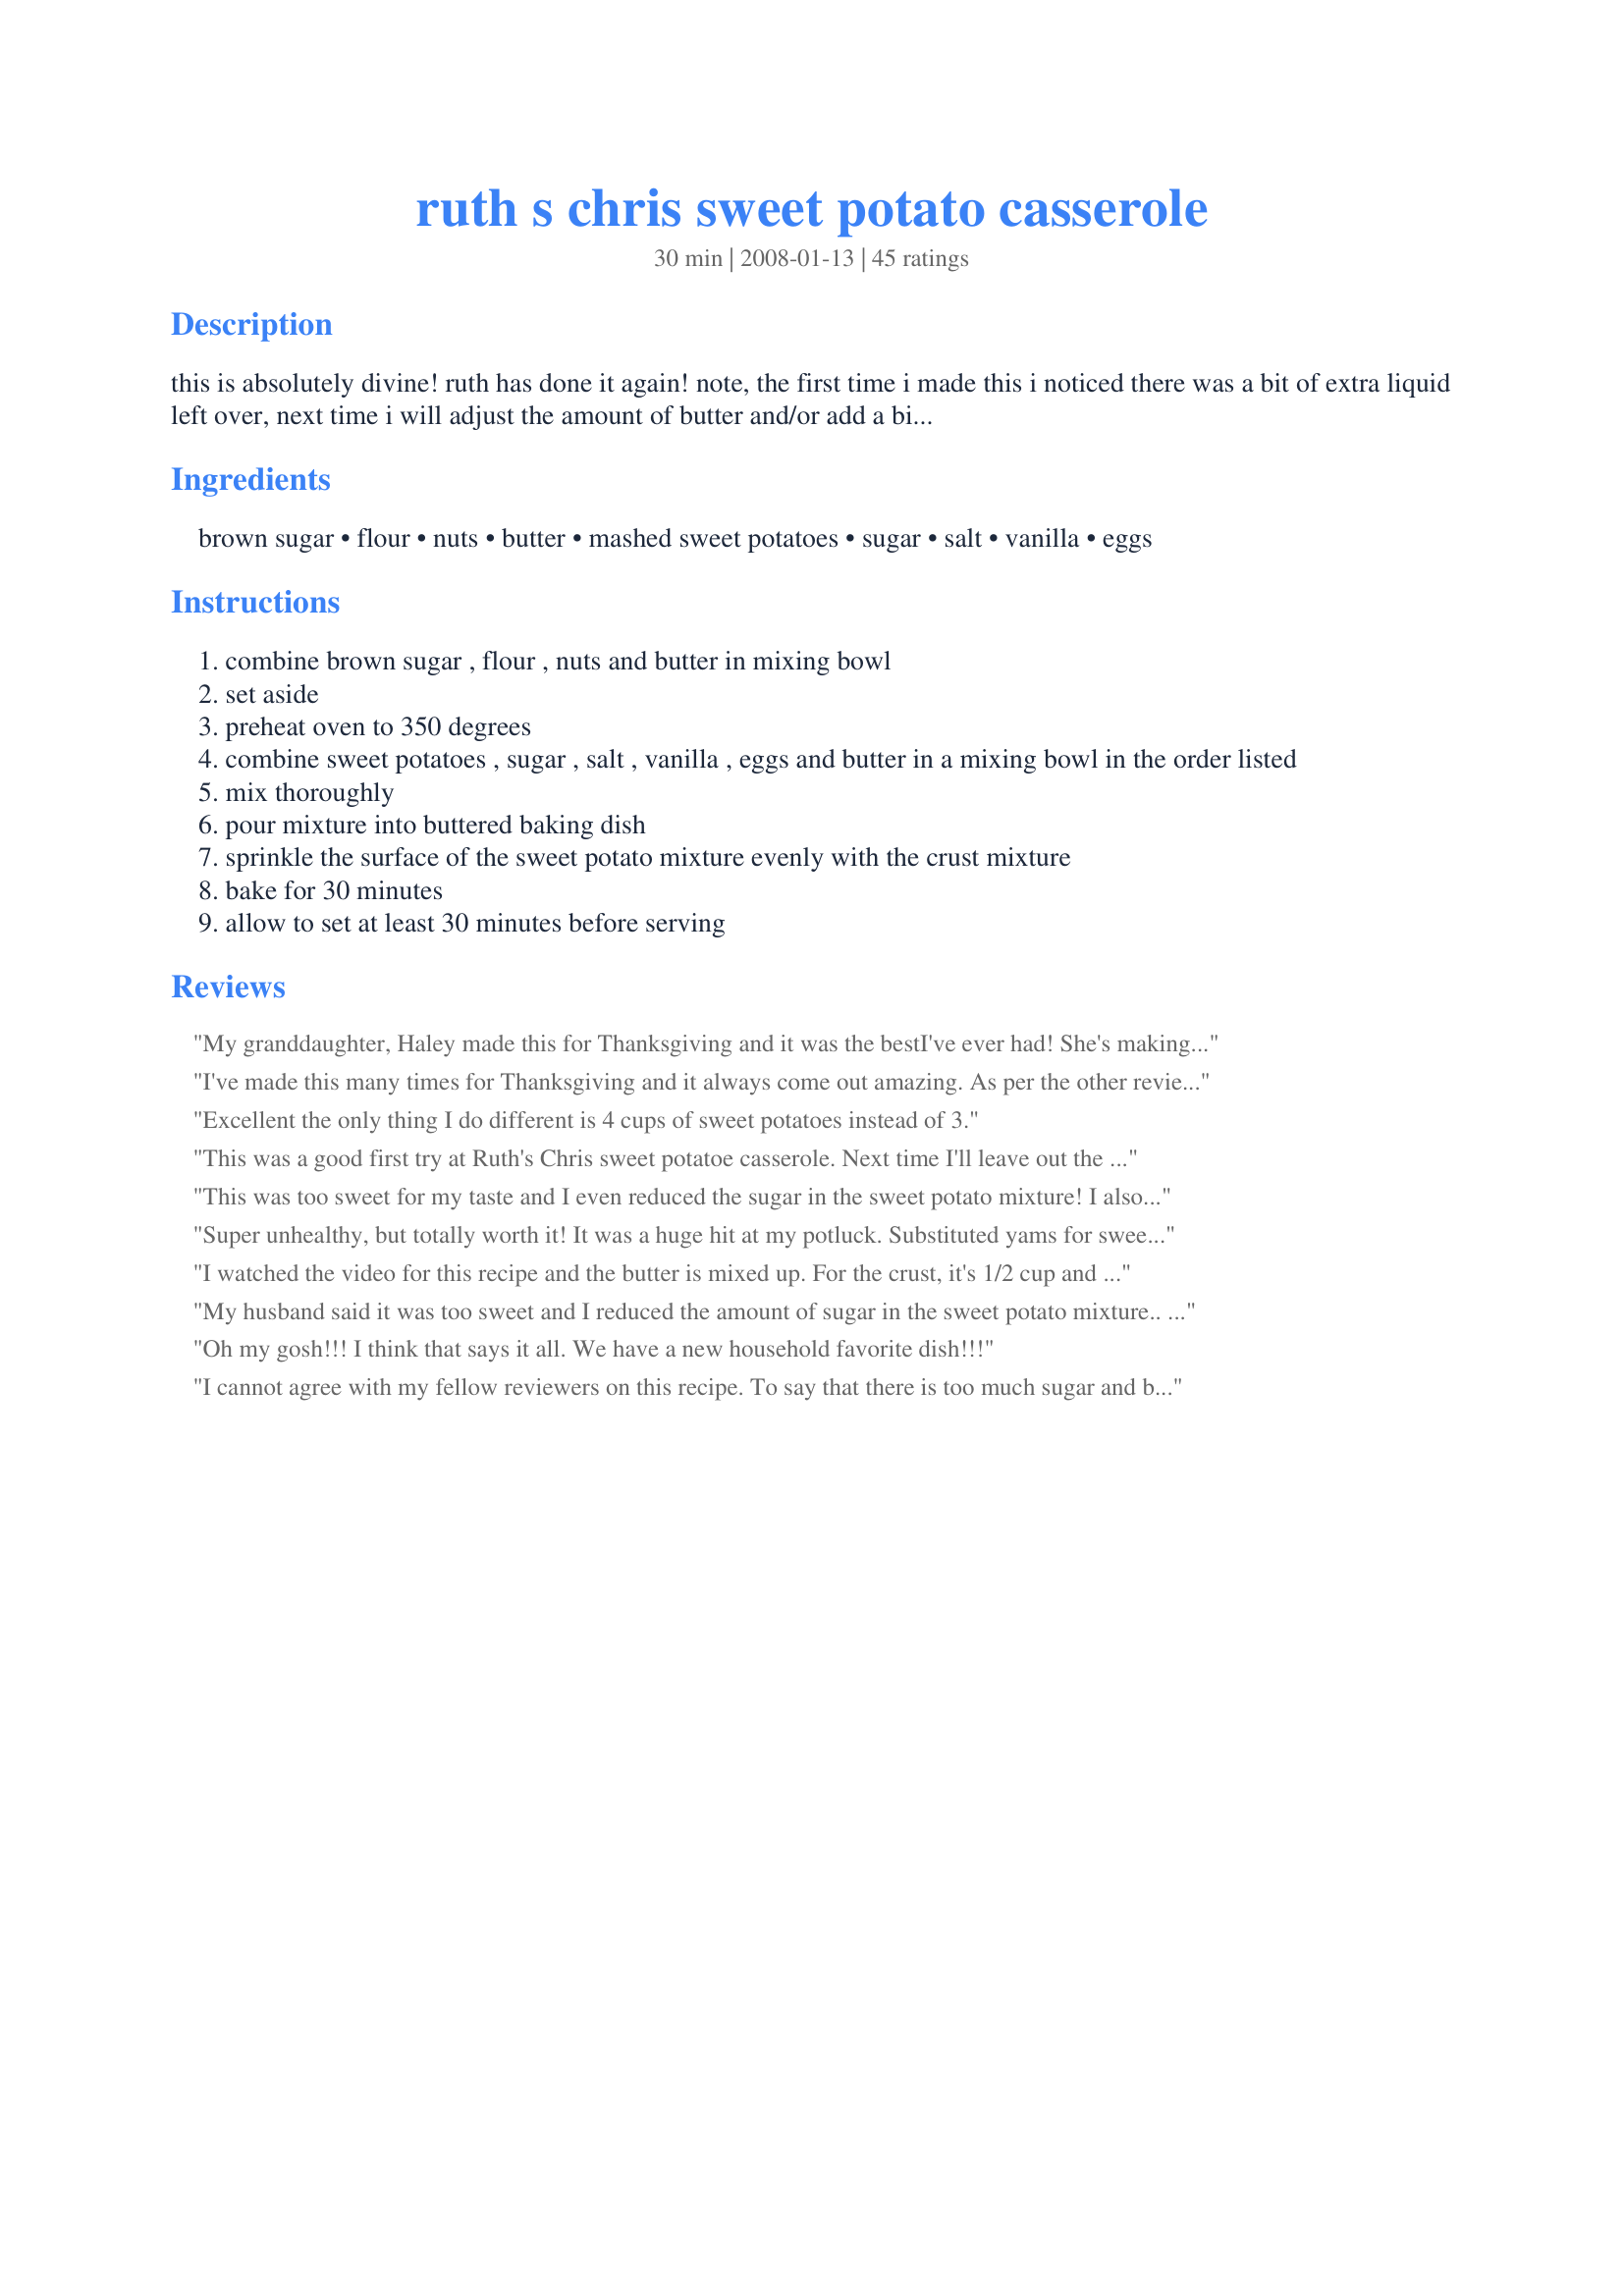
ruth s chris sweet potato casserole
Preparation time: 30 minutes

this is absolutely divine! ruth has done it again! note, the first time i made this i noticed there was a bit of extra liquid left over, next time i will adjust the amount of butter and/or add a bit more potato.

Ingredients:
brown sugar, flour, nuts, butter, mashed sweet potatoes, sugar, salt, vanilla, eggs

Steps:
combine brown sugar , flour , nuts and butter in mixing bowl
set aside
preheat oven to 350 degrees
combine sweet potatoes , sugar , salt , vanilla , eggs and butter in a mixing bowl in the order listed
mix thoroughly
pour mixture into buttered baking dish
sprinkle the surface of the sweet potato mixture evenly with the crust mixture
bake for 30 minutes
allow to set at least 30 minutes before serving

Reviews:
My granddaughter, Haley made this for Thanksgiving and it was the best<br/>I've ever had! She's making it today for Christmas...yum, yum!!
I've made this many times for Thanksgiving and it always come out amazing. As per the other reviews, I altered my butter in the actual sweet potato mixture and only add 1/2 cup of sugar instead of a full cup. The sweet potatoes have enough sugar in them usually. i also instead of pecans, use hemp hearts. they are way more healthy and still taste nutty and delicious. I usually just bake the whole thing together on a lower shelf in the oven and have never had a problem. This year, I am pouring it into a cheesecake shell and making it a pie. This is my favorite recipe for sweet potatoes and the family and my friends love it!
Excellent the only thing I do different is 4 cups of sweet potatoes instead of 3.
This was a good first try at Ruth's Chris sweet potatoe casserole. Next time I'll leave out the vanilla and most of the sugar. I baked it with the topping and it was fine. Maybe a few mintues under the broiler would crisp it up a bit. I wonder what it would be like with orange zest?
This was too sweet for my taste and I even reduced the sugar in the sweet potato mixture! I also thought the vanilla flavor was too strong. More like a dessert than a sidedish.
Super unhealthy, but totally worth it! It was a huge hit at my potluck. Substituted yams for sweet potatoes, but otherwise followed the recipe, and it came out great. I'll check on the video that tmawicke mentions, but even if you don't, i'm sure it will turn out fine....can't go wrong with butter and sugar, after all! : )
I watched the video for this recipe and the butter is mixed up. For the crust, it's 1/2 cup and for the sweet potato mixture, it's 1/4 cup. I simmered the sweet potatoes in their skins for about 30 minutes and then shocked them in ice water. The skins came right off. You don't want to put the crust mixture on before you bake. You bake the sweet potato mixture for 30 minutes and then add the crust mixture and bake for another 10 minutes. This is per the video and the chef's instructions. Had I not seen this, it would not have been so perfect! Watch the video before you make.
My husband said it was too sweet and I reduced the amount of sugar in the sweet potato mixture.. Would not make again.
Oh my gosh!!! I think that says it all. We have a new household favorite dish!!!
I cannot agree with my fellow reviewers on this recipe. To say that there is too much sugar and butter in this recipe would be a wild understatement. I was like eating sweet potato pie topped with penuche candy, all drenched in melted butter. And this was after I reduced the sugar in the sweet potatoes themselves by 2/3 per the suggestions of other reviewers!<br/><br/>I am only too happy to serve rich foods, particularly around the holidays, but this is waaaaaay beyond the pale. Even if you love sugar (and I do) the amount of butter in this recipe is just disgusting.<br/><br/>No, no, no.
I have been making this for 19 years. My husband and I were having dinner at Ruth’s and our waiter was such a nice guy that we started up a conversation with him. His buddy was a sous chef at RC and said he did some cooking on the side. A month or two goes by and we hired him to come to our home for a party. Not only did he make this casserole he gave me the recipe and also told me not necessary to cook potato mixture first. After several years both guys graduated college and went on to be successful in the food industry. This casserole is requested every time we have a dinner at our home or for a carry in. I just finished a double batch for a good friend for his sons birthday. I ?? It when I can please everyone.
I made this for Thanksgiving and it was delicious. I am going to make it again for Christmas.
Has anyone prepared the recipe the day before and baked it the next?
I love Ruth's Chris version and this one is just as good. It is more a dessert than a side dish, but its so good. If you have it for a dessert, add vanilla ice cream and its even a bigger hit!
Everyone in my family who likes sweet potatoes loves this recipe!
To die for! I made extra to spread over pancakes w/ hot maple syrup next morning. Lawd almighty!
When I first had this at Ruth's Chris I knew I had to find the recipe, it will be my thanksgiving dish from now on! WOW is it delicious!! thanks for putting this on here!
I used canned sweet potatoes and saved some time. I also watched the video and noted the butter amounts and baked the filling then put on the topping to bake again. Thanks for sharing Mrs.jami, Made for PAC Spring 2010.
Delicious but I’d like it a little firmer on the sweet potatoes. I used 1/4 C butter even though following that it says (1/2 cup) Should that have said (1/2 stick) which is 1/2 C? But it is absolutely delicious!
Great recipe
The recipe on ruthschris.com/recipes is the actual recipe straight from their website.
Way too sweet and lacked flavor. I prefer the Boston market copykat recipe over this one but if you enjoy this then great.
I made it for Easter Potluck. I cheaped out by using margerine instead of butter and minus the pecans. Came out scrumptious! The next time will use real butter and pecans. Wonderful Recipe.
I just had this dish this weekend and was wondering HOW I'd get the redipe, so Thanks for posting! I did taste the vanilla in the potatoes. I can't wait to try this!
Roxygirl
This sweet potato casserole is the best! I've made it gluten free and vegan and it's very good.
I made this last year for Thanksgiving and Christmas. It is To Die Dor!!! Tastes like desert! Everyone loves it and asks for the recipe.
I am a huge fan of this dish at the restaurant so I was very excited to make this for Thanksgiving. I made two double batches. I swapped out half of the sugar in the potatoes for Stevia and I think next time I will use less Stevia/sugar overall. Then in one double batch I used 1 stick of butter and then in the other double batch I used 1.5 sticks of butter and this more buttery version was definitely better. I also found that the perfect baking time for a double batch is about 50 minutes. Lastly, I think the amount of topping was WAY too much and I will cut it in half next time.
It was delicious, but I think I could cut back on the amount of crust topping next time and it will be just as good. It is so high in calories, I would only make it for a holiday meal
This has been added to weekly meals. We love it! If I don&#039;t watch him he will eat it all! I now make a double batch. I do make a couple minor adj. cut sugar in mixture by 1/3 and chop the nuts as fine as possible.Lastly I use a mixer for 45-60 seconds to whip the eggs. It makes it taste so light and creamy! This tastes just like the Ruth Chris version!
Love this recipe as it is very simple and always a huge hit at family gatherings. I've modified the recipe by making it lower in fat and calories. I've substituted the pecan topping with vanilla almond granola. Ive also used brown sugar with splenda and agave syrup instead of sugar.
How long do you bake it what temperature?
The hit of our Thanksgiving Dinner this year!&lt;br/&gt;&lt;br/&gt;I doubled the entire recipe to accommodate our guests but only put half the sugar in the sweet potato mixture and tasted it before proceeding. Half-sugar was plenty sweet IMHO, but you may disagree. Also, doubling the recipe increased the cooking times from 30 to 45 minutes on the first bake, and 10 to 15 minutes on the second. I also set the oven to BROIL for an additional two minutes to fully melt &amp; cook the topping. If you do this, watch it like a hawk so it doesn&#039;t burn.
I made many versions of sweet potato casserole some call for evaporated milk, other recipes call for whole milk and others call for too many eggs.. This recipe is spot on!!!! no milk at all makes this delicious. I too made the recipe with the whole stick of butter it tasted amazing but for now on I have reduced the butter I have also made this recipe times 5 with 15 cups sweet potatoes which I baked the potatoes rather than boil and I cut the sugar to taste... Use garnet sweet potatoes they are best for mashing and can be found at whole foods, depending on sweetness of the potatoes the sugar shud be adjusted when doubling or tripling etc....for the pecan crust i like to keep the butter softened this way I make it ahead and freeze it in a Baggie and defrost before I want to use it if u melt the butter It freezes to hard...also I make the sweet potato casserole without the crust and place it in a casserole dish ( freeze able) like le casserole I wrap it cery well and freeze it separately.. The night before I defrost in the fridge and theb bake, it doesn't get watery at all ,and I believe baking the potatoes helps with that. I have made this up to 2 weeks ahead and froze crust and casserole separate it comes out perfect! Bake the casserole for 20 min or so first then add crust and bake longer another 20 min or so depending on how much your making and dish size
Wonderful dish! My entire family loved it and they HATE sweet potatoes!
I made this last week and it was absolutely to die for!!! Everyone asked me to make this from now on. They were fighting over the last bite. Thank you!!!
I wish I read the reviews below before cooking... I baked it for 30 minutes and burnt the nuts and had to redo the crust after removing all the burned bits... it still tasted amazing but took time to redo and wasted food. This tasted so sweet. The butter being switched makes more sense and I wish I did that as well. So definitely add the crust after baking for 30 minutes and then let it bake another 10 minutes... You probably don't need as much sugar either because it was SO sweet (and fairly unhealthy haha).
We have eaten this for many years! The only difference is that we add crushed pineapple to the mixture. You just have to drain the pineapple very well! Its always a favorite at our house! The pineapple just adds a bit of texture to the sweet potatoes.
I made this for Thanksgiving and it was a HUGE hit! The best sweet potato casserole I ever had! The only change I made to the recipe is that I cut the sweet potato into wedges, drizzled them with olive oil and salt and baked them at 375 for an hour and then mashed them as the recipe instructs. You could take the "roasted" flavor from baking them and it was incredible!
Absolutely perfect. We changed nothing and everyone loved it!
I had this at a party that was catered by Ruth's Chris. It was served as mini sweet potato pies in crusts though, and they were amazing. The pie filling was smooth and creamy, and then topped with this same topping. Would this recipe work in a pie crust? Or would the filling need to be altered to make it more creamy and custard like? Any ideas on how to turn this recipe into a pie? I'm hoping to make this for thanksgiving :)
Tasted just like the restaurant. The consistency wasn't the same, but it's probably like another review said, the butter amounts are mixed up... But it was oh so yummy. I'll try it with macadamia nuts next time.
Awesome recipe, just amazing. Thank you so much for submitting the only thing i did different was add some cinnamon to the topping and sweet potatoes i also used fresh sweet potatoes. I have a minnie pot-bellied pig and he really enjoyed the skins of the sweet potatoes. This recipe is similar to the one my grandmother gave me so many years ago.
If you watch the video of the chef at Ruth's Chris demo this dish here:

http://blog.nola.com/dining/2007/11/cooking_new_orleans_style_with_16.html

you'll note that in the video the chef adds 1 stick of melted butter to the crust and 1/3 stick of butter to the sweet potatoes. The printed recipe, propagated on the web, has these quantities reversed.
If you have been to RUTH CHRIS-and want to replicate this recipe you will be absolutely delighted. When I went to RUTH CHRIS, my waiter raved about it....Not a big fan of Sweet Potatoes, I stepped outside my mundane comfort zone, and. ordered it as a side....&lt;br/&gt;&lt;br/&gt;As far as those who complained it was too sweet, made substitutions resulting in lower reviews....LEARN TO READ!!! Then go to the restaurant and then pass judgement. The name of this restaurant is Ruth&#039;s Chris Sweet Potato Casserole....It rankles me that some deviate from what is Clearly written....&lt;br/&gt;*the comment about the misprint about the butter 1 stick of melted butter to the crust and 1/3 stick of butter to the sweet potatoes is correct.&lt;br/&gt;I loved this casserole at Ruth&#039;s Chris am delighted to make it at home for a mere fraction of the price...
Great recipe, Got rave reviews on Thanksgiving Day from my family, everything from OMG!! to this should be Sweet Potato Pudding!! It is sooo easy to make and really delicious. It just is simple and (cleam) tasting. I boiled the sweet potatoes in a pot of boiling salted water until soft, drained then the skin just peels right off!! Glad I found this recipe I will never make another!!
